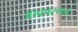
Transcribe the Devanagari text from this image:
आकारगत